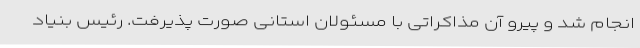
انجام شد و پیرو آن مذاکراتی با مسئولان استانی صورت پذیرفت. رئیس بنیاد